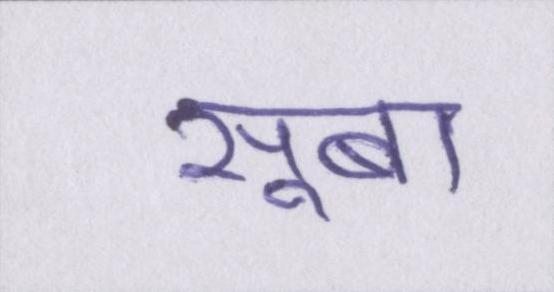
सूबा